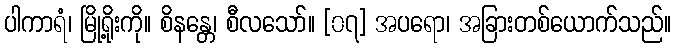
ပါကာရံ၊ မြို့ရိုးကို။ စိနန္တေ၊ စီလသော်။ [၀၇] အပရော၊ အခြားတစ်ယောက်သည်။